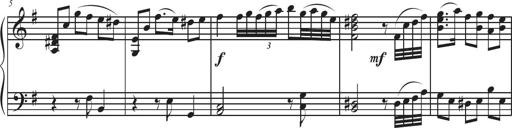
Title: Sonatina Espania
Composer: Jerald Franklin Archer
Key: Various